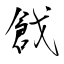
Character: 戧